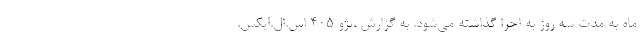
ماه به مدت سه روز به اجرا گذاشته می‌شود. به گزارش ،پژو ۴۰۵ اس.ال.ایکس،